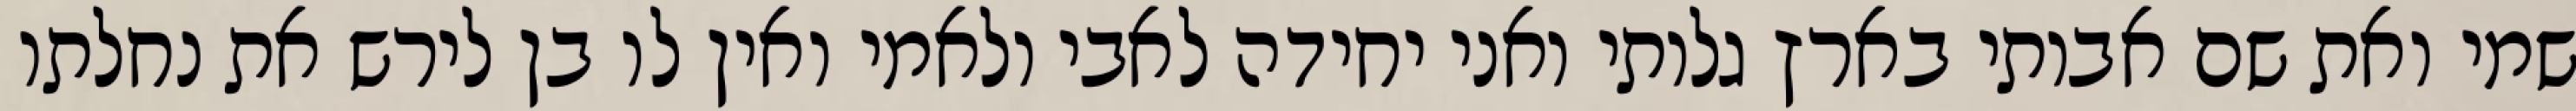
שמי ואת שם אבותי בארץ גלותי ואני יחידה לאבי ולאמי ואין לו בן לירש את נחלתו